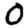
Digit: 0